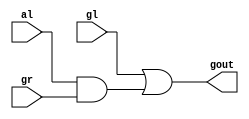
module pre_dot(gl,al,gr,gout);

input gl,al,gr;
output gout;

assign gout=gl|(al&gr);

endmodule